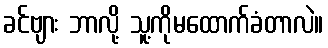
ခင်ဗျား ဘာလို့ သူ့ကိုမထောက်ခံတာလဲ။